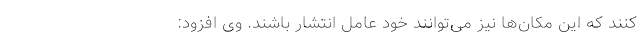
کنند که این مکان‌ها نیز می‌توانند خود عامل انتشار باشند. وی افزود: